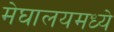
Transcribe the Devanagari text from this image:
मेघालयमध्ये